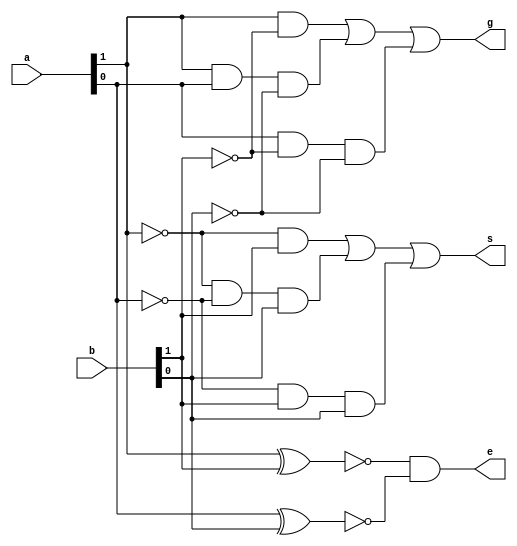
module magnitude_comparator(g, e, s, a, b);
    input [1:0] a, b;
    output g, e, s; // g = (A>B), e = (A=B), s = (A<B)
    or(g, (a[1] & ~b[1]), (a[1] & a[0] & ~b[0]), (a[0] & ~b[1] & ~b[0]));
    and(e, ~(a[1] ^ b[1]), ~(a[0] ^ b[0]));
    or(s, (~a[1] & b[1]), (~a[1] & ~a[0] & b[0]), (~a[0] & b[1] & b[0]));
endmodule

module comparator_stimulus;
    reg [1:0] a, b;
    wire g, e, s;
    magnitude_comparator m1(g, e, s, a, b);
    initial
    begin
    a = 2'b00; b = 2'b00;
    #50 a = 2'b00; b = 2'b01;
    #50 a = 2'b00; b = 2'b10;
    #50 a = 2'b00; b = 2'b11;
    #50 a = 2'b01; b = 2'b00;
    #50 a = 2'b01; b = 2'b01;
    #50 a = 2'b01; b = 2'b10;
    #50 a = 2'b01; b = 2'b11;
    #50 a = 2'b10; b = 2'b00;
    #50 a = 2'b10; b = 2'b01;
    #50 a = 2'b10; b = 2'b10;
    #50 a = 2'b10; b = 2'b11;
    #50 a = 2'b11; b = 2'b00;
    #50 a = 2'b11; b = 2'b01;
    #50 a = 2'b11; b = 2'b10;
    #50 a = 2'b11; b = 2'b11;
    #200 $finish;
    end
endmodule